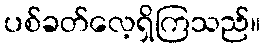
ပစ်ခတ်လေ့ရှိကြသည်။